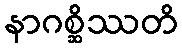
နာဂစ္ဆိဿတိ